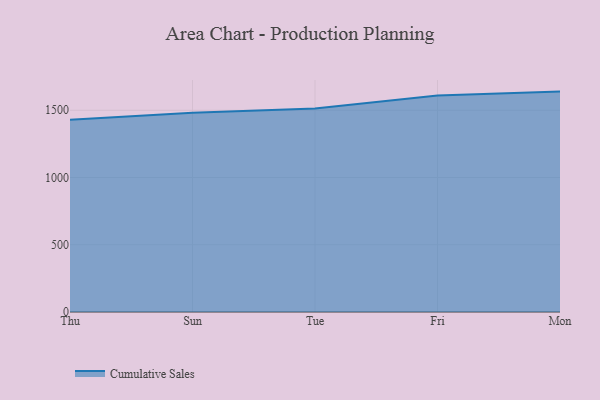
{"axis": {"x": "Day", "y": "Headcount"}, "legend": ["Cumulative Sales"], "data": [{"x": "Thu", "y": 1429.9, "type": "Cumulative Sales"}, {"x": "Sun", "y": 1482.1, "type": "Cumulative Sales"}, {"x": "Tue", "y": 1513.0, "type": "Cumulative Sales"}, {"x": "Fri", "y": 1609.4, "type": "Cumulative Sales"}, {"x": "Mon", "y": 1638.9, "type": "Cumulative Sales"}]}